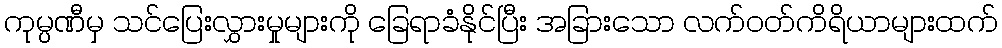
ကုမ္ပဏီမှ သင်ပြေးလွှားမှုများကို ခြေရာခံနိုင်ပြီး အခြားသော လက်ဝတ်ကိရိယာများထက်